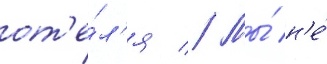
от'е́л'я // Мы́ н'е́